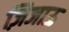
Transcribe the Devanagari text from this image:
ज़िजाऊ